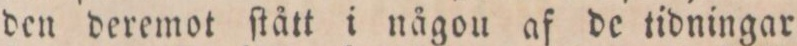
den deremot ſtått i någou af de tidningar